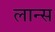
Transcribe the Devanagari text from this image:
लान्‍स